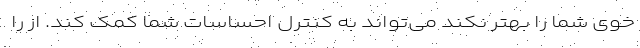
خوی شما را بهتر نکند می‌تواند به کنترل احساسات شما کمک کند. از را